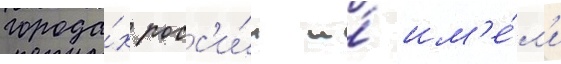
города́х росс'и́и и́ им'е́л'и